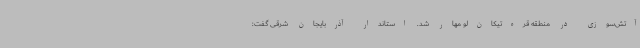
آتش‌سوزی در منطقه قره‌تیکان‌لو مهار شد. استاندار آذربایجان شرقی گفت: